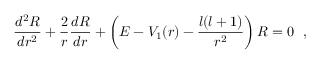
\frac { d ^ { 2 } R } { d r ^ { 2 } } + \frac { 2 } { r } \frac { d R } { d r } + \left( E - V _ { 1 } ( r ) - \frac { l ( l + 1 ) } { r ^ { 2 } } \right) R = 0 ~ ~ ,